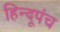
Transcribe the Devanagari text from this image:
हिन्दूपंच